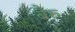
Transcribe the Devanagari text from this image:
बैरु